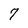
Character: 7